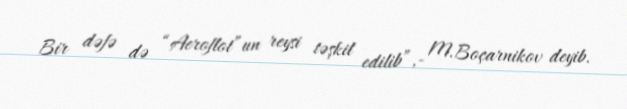
Bir dəfə də “Aeroflot”un reysi təşkil edilib”,- M.Boçarnikov deyib.